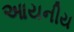
આયનીય